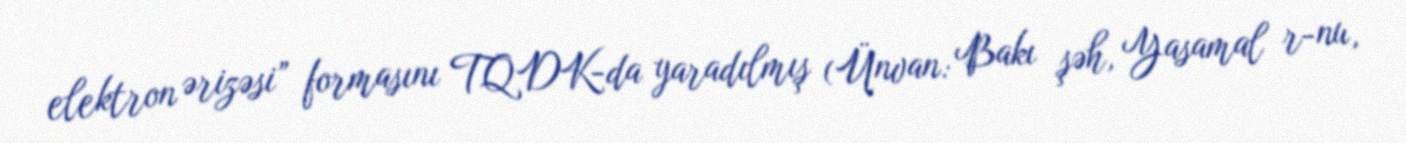
elektron ərizəsi” formasını TQDK-da yaradılmış (Ünvan: Bakı şəh, Yasamal r-nu,